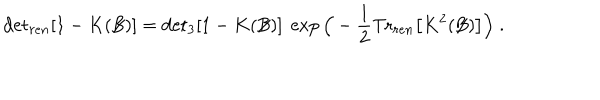
LaTeX: \mathrm { d e t } _ { r e n } [ 1 - K ( \not { \! \! B } ) ] = \mathrm { d e t } _ { 3 } [ 1 - K ( \not { \! \! B } ) ] \; \exp \Big ( - \frac { 1 } { 2 } \mathrm { T r } _ { r e n } \big [ K ^ { 2 } ( \not { \! \! B } ) \big ] \Big ) \; .